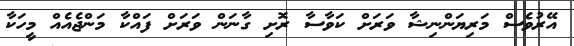
އޭރުވެސް މަރިޔަންނިޝާ ވަރަށް ކަވާސާ ރޮށި ގާނަން ވަރަށް ފައްކާ މަންޖެއެއް މީހަކާ